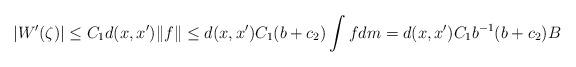
LaTeX: \begin{align*}|W'(\zeta)|\leq C_1d(x,x')\|f\| \leq d(x,x')C_1(b+c_2)\int fdm=d(x,x')C_1b^{-1}(b+c_2)B\end{align*}